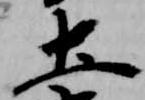
土